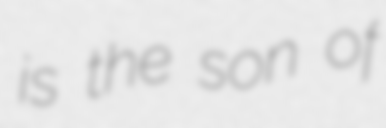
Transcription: is the son of